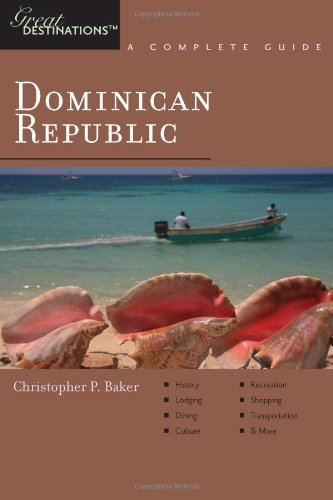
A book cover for Explorer's Guide Dominican Republic: A Great Destination (Explorer's Great Destinations); Christopher P. Baker; Travel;